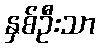
နှစ်ဦးသာ